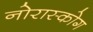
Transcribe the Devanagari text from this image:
नोरास्कोग